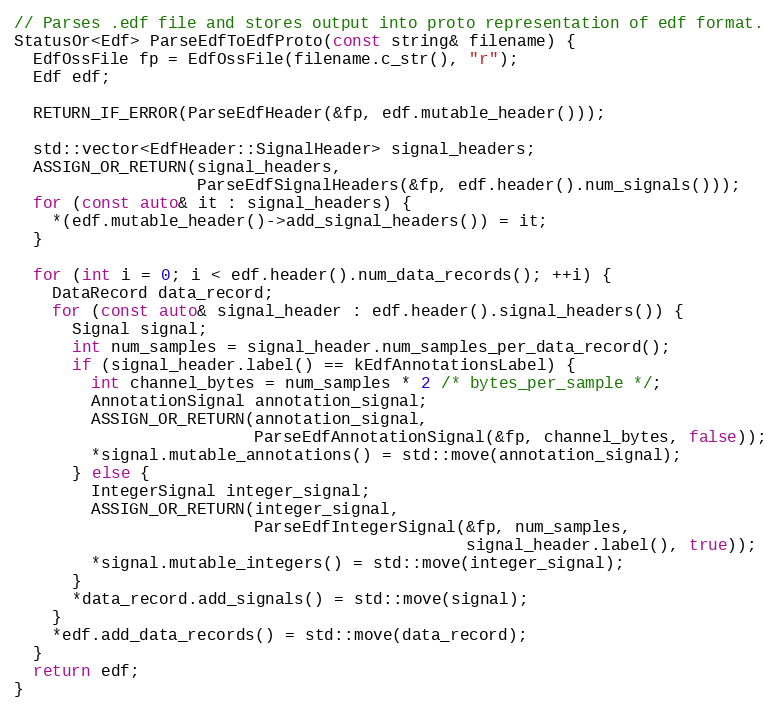
Language: C++
// Parses .edf file and stores output into proto representation of edf format.
StatusOr<Edf> ParseEdfToEdfProto(const string& filename) {
  EdfOssFile fp = EdfOssFile(filename.c_str(), "r");
  Edf edf;

  RETURN_IF_ERROR(ParseEdfHeader(&fp, edf.mutable_header()));

  std::vector<EdfHeader::SignalHeader> signal_headers;
  ASSIGN_OR_RETURN(signal_headers,
                   ParseEdfSignalHeaders(&fp, edf.header().num_signals()));
  for (const auto& it : signal_headers) {
    *(edf.mutable_header()->add_signal_headers()) = it;
  }

  for (int i = 0; i < edf.header().num_data_records(); ++i) {
    DataRecord data_record;
    for (const auto& signal_header : edf.header().signal_headers()) {
      Signal signal;
      int num_samples = signal_header.num_samples_per_data_record();
      if (signal_header.label() == kEdfAnnotationsLabel) {
        int channel_bytes = num_samples * 2 /* bytes_per_sample */;
        AnnotationSignal annotation_signal;
        ASSIGN_OR_RETURN(annotation_signal,
                         ParseEdfAnnotationSignal(&fp, channel_bytes, false));
        *signal.mutable_annotations() = std::move(annotation_signal);
      } else {
        IntegerSignal integer_signal;
        ASSIGN_OR_RETURN(integer_signal,
                         ParseEdfIntegerSignal(&fp, num_samples,
                                               signal_header.label(), true));
        *signal.mutable_integers() = std::move(integer_signal);
      }
      *data_record.add_signals() = std::move(signal);
    }
    *edf.add_data_records() = std::move(data_record);
  }
  return edf;
}